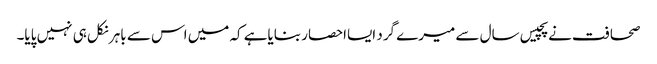
صحافت نے پچیس سال سے میرے گرد ایسااحصار بنایاہے کہ میں اس سے باہر نکل ہی نہیں پایا۔